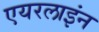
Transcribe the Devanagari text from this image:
एयरलाइंन